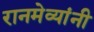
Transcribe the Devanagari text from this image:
रानमेव्यांनी